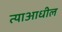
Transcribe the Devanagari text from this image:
त्याआधील